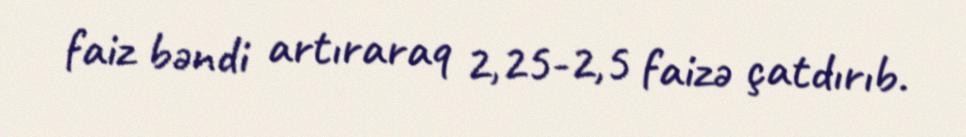
faiz bəndi artıraraq 2,25-2,5 faizə çatdırıb.